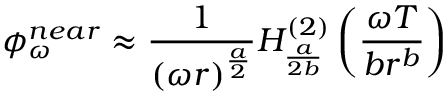
\phi _ { \omega } ^ { n e a r } \approx \frac { 1 } { ( \omega r ) ^ { \frac { a } { 2 } } } H _ { \frac { a } { 2 b } } ^ { ( 2 ) } \left( \frac { \omega T } { b r ^ { b } } \right)